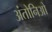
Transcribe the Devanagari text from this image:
अंतोनिओ